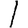
Digit: 1